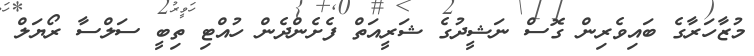
މުޒާހަރާގެ ބައިވެރިން ގޮސް ނަޝީދުގެ ޝަރީއަތް ފެށެންދެން ހުއްޓި ތިބީ ސަލްސާ ރޯޔަލް